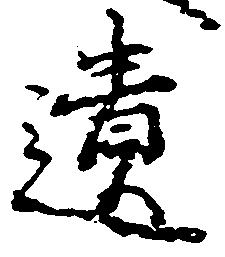
遺